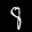
Label: 8